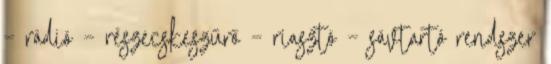
– rádió – részecskeszűrő – riasztó – sávtartó rendszer